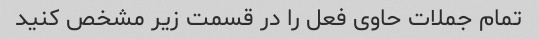
تمام جملات حاوی فعل را در قسمت زیر مشخص کنید